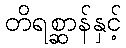
တိရစ္ဆာန်နှင့်